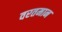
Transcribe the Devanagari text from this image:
वरतमान